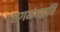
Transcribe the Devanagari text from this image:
सगमंपद्धति